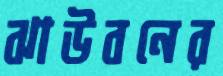
ঝাউবনের